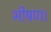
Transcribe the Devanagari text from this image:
भीषण।